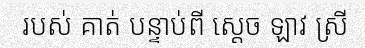
របស់ គាត់ បន្ទាប់ពី ស្តេច ឡាវ ស្រី